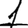
Digit: 1